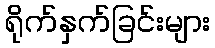
ရိုက်နှက်ခြင်းများ